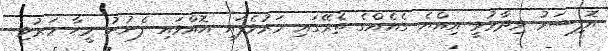
އޮފިސަރު ވިދާޅުވީ އިއްޔެ ގެއެއްގެ ތެރޭގައި މަރުވެފައި އޮއްވައި ފެނުނު މީހާ މަރުވި